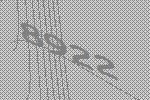
8922